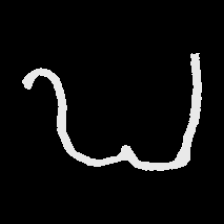
Pyu character \u2014 Myanmar letter: ဎ (romanized: ddha)